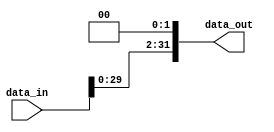
module multiplier4(
    input [31:0] data_in,
    output [31:0] data_out
);
    assign data_out = data_in <<< 2;
endmodule